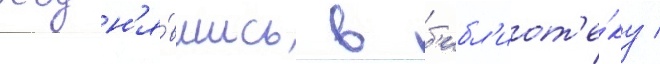
Подн'я́вшись в б'ибл'иот'е́ку /